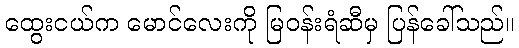
ထွေးငယ်က မောင်လေးကို မြဝန်းရံဆီမှ ပြန်ခေါ်သည်။